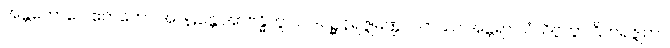
အန္တဘောဂေ ဧကတော အဂဠန္တေ အာဗန္ဓိတွာ ပါဒပုဉ္ဆနရဇ္ဇုမဏ္ဍလကဿ အန္တရာ သံသိဗ္ဗိတွာ ဌိတရဇ္ဇုကာ